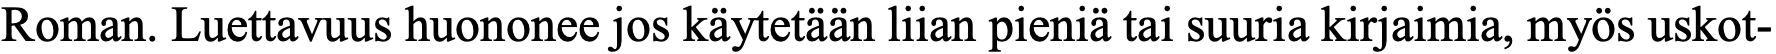
Roman. Luettavuus huononee jos käytetään liian pieniä tai suuria kirjaimia, myös uskot-